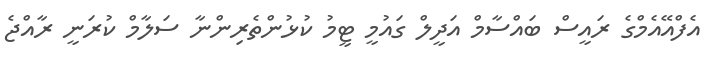
އެފްއޭއެމްގެ ރައީސް ބައްސާމް އަދީލް ގައުމީ ޓީމު ކުޅުންތެރިންނާ ސަލާމް ކުރަނީ ރާއްޖެ